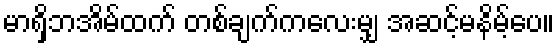
မာရှိဘအိမ်ထက် တစ်ချက်ကလေးမျှ အဆင့်မနိမ့်ပေ။